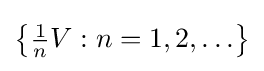
\left\{{\tfrac {1}{n}}V:n=1,2,\ldots \right\}